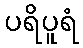
ပရိပူရံ